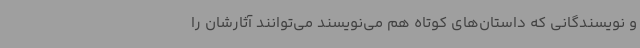
و نویسندگانی که داستان‌های کوتاه هم می‌نویسند می‌توانند آثارشان را